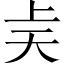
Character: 𫯝